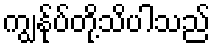
ကျွန်ုပ်တို့သိပါသည်